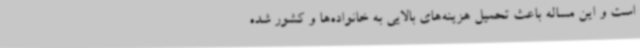
است و این مساله باعث تحمیل هزینه‌های بالایی به خانواده‌ها و کشور شده